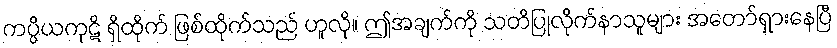
ကပ္ပိယကုဋိ ရှိထိုက် ဖြစ်ထိုက်သည် ဟူလို။ ဤအချက်ကို သတိပြုလိုက်နာသူများ အတော်ရှားနေပြီ